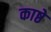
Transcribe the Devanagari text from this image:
काष्ठे